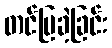
တင်ပြခဲ့ခြင်း